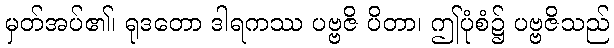
မှတ်အပ်၏၊ ရုဒတော ဒါရကဿ ပဗ္ဗဇိ ပိတာ၊ ဤပုံစံ၌ ပဗ္ဗဇိသည်